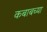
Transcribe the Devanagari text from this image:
कबाबच्या